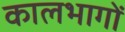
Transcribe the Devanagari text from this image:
कालभागों